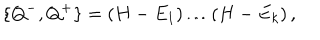
LaTeX: \{ Q ^ { - } , Q ^ { + } \} = \left( H - E _ { 1 } \right) \ldots \left( H - E _ { k } \right) ,